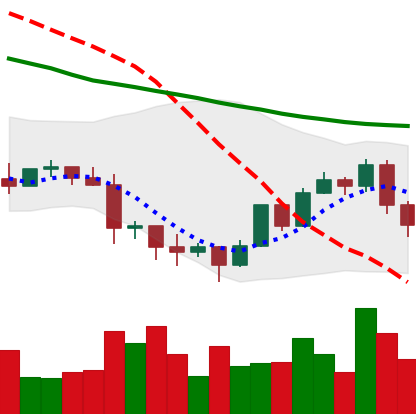
Ticker: LTC-USD
Chart end date: 2022-01-19
Forward return: -19.958%
Label: down_7plus